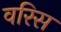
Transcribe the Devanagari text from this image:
वरिस